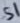
Text: S1